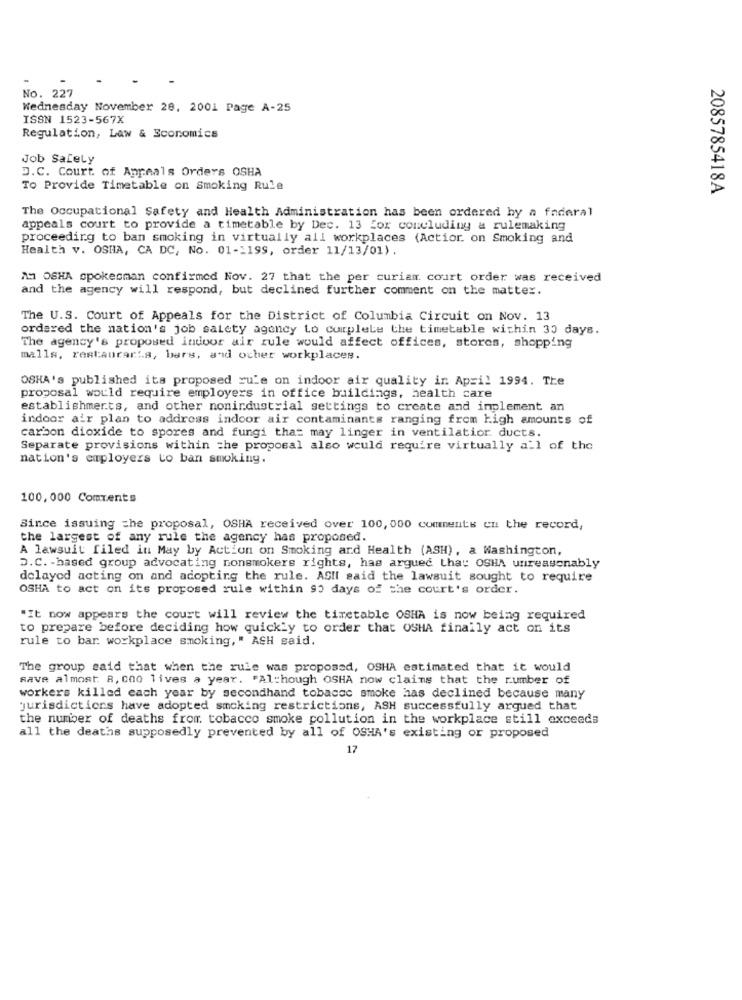
No. 227
Wednesday November 28, 2001 Page A-25
ISSN 1523-567X
Regulation, Law & Economics
Job Safely
D.C. Court of Appeals Orders OSHA
To Provide Timetable on Smoking Rule
2085785418A
The Occupational Safety and Health Administration has been ordered hy a faderal
appeals court to provide a timetable by Dec. 13 for concluding a rulemaking
proceeding to ban smoking in virtually all workplaces (Actior. on Smoking and
Health v. OSHA, CA DC, No. 01-1199, order 11/13/01).
A1 OSHA spokesman confirmed Nov. 27 that the per curiam court order was received
and the agency will respond, but declined further comment on the matter.
The U.S. Court of Appeals for the District of Columbia Circuit on Nov. 13
ordered the nation's job salety agency Lo cumplele the timetable within 30 days.
The agency's proposed indoor air rule would affect offices, stores, shopping
malls, restaurants, bars, and other workplaces.
OSHA's published its proposed rule on indoor air quality in April 1994. The
proposal would require employers in office buildings, health care
establishments, and other nonindustrial settings to create and implement an
indoor air plan to address indoor air contaminants ranging from high amounts of
carbon dioxide to spores and fungi that may linger in ventilatior ducts.
Separate provisions within the proposal also would require virtually all of the
nation's employers to ban smoking.
100, 000 Comments
Since issuing the proposal, OSHA received over 100, 000 comments on the record,
the largest of any rule the agency has proposed.
A lawsuit filed in May by Action on Smoking and Health (ASH) , a Washington,
D. C. - based group advocating nonsmokers rights, has argued that OSHA unreasonably
delayed acting on and adopting the rule. ASIl said the lawsuit sought to require
OSHA to act on its proposed rule within 90 days of the court's order.
"It now appears the court will review the timetable OSHA is now being required
to prepare before deciding how quickly to order that OSHA finally act on its
rule to bar. workplace smoking," ACH said.
The group said that when the rule was proposed, OSHA estimated that it would
save almost 8, 0no lives a year. "Although OSHA now claims that the number of
workers killed each year by secondhand tobacac smoke has declined because many
jurisdictions have adopted smoking restrictions, ASH successfully argued that
the number of deaths from tobacco smoke pollution in the workplace still exceeds
all the deaths supposedly prevented by all of OSHA's existing or proposed
17